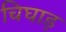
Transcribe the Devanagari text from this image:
चिघाड़